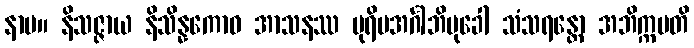
နာမ။ နိသဇ္ဇာယ နိသိန္နကောဝ အာသနဿ ပုရိမအင်္ဂါဘိမုခေါ သံသရန္တော အဘိက္ကမတိ